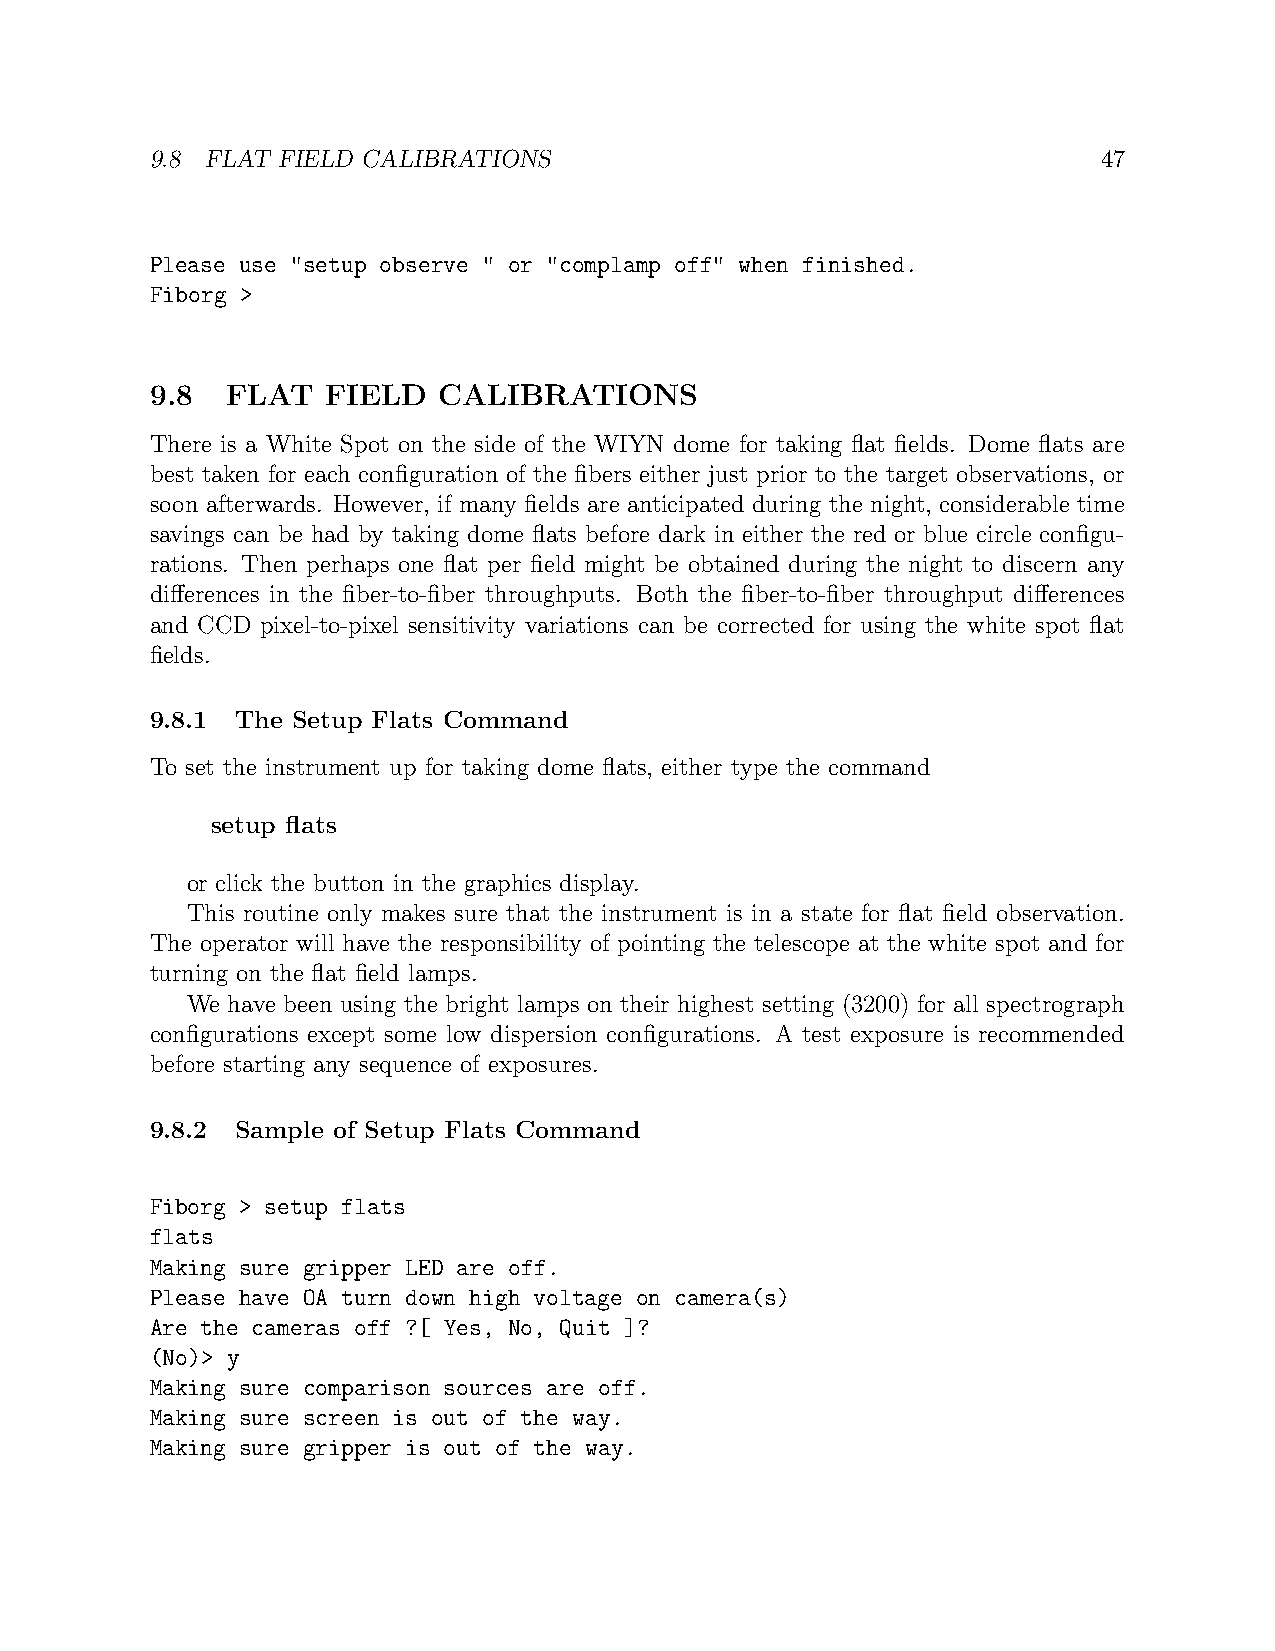
9.8 FLAT FIELD CALIBRATIONS                                    47
 Please use "setup observe " or "complamp off" when finished.
 Fiborg >
 9.8  FLAT   FIELD  CALIBRATIONS
 There is a White Spot on the side of the WIYN dome for taking flat fields. Dome flats are
 best taken for each configuration of the fibers either just prior to the target observations, or
 soon afterwards. However, if many fields are anticipated during the night, considerable time
 savings can be had by taking dome flats before dark in either the red or blue circle configu-
 rations. Then perhaps one flat per field might be obtained during the night to discern any
 differences in the fiber-to-fiber throughputs. Both the fiber-to-fiber throughput differences
 and CCD pixel-to-pixel sensitivity variations can be corrected for using the white spot flat
 fields.
 9.8.1 The Setup Flats Command
 To set the instrument up for taking dome flats, either type the command
 setup flats
 or click the button in the graphics display.
 This routine only makes sure that the instrument is in a state for flat field observation.
 The operator will have the responsibility of pointing the telescope at the white spot and for
 turning on the flat field lamps.
 We have been using the bright lamps on their highest setting (3200) for all spectrograph
 configurations except some low dispersion configurations. A test exposure is recommended
 before starting any sequence of exposures.
 9.8.2 Sample of Setup Flats Command
 Fiborg > setup flats
 flats
 Making sure gripper LED are off.
 Please have OA turn down high voltage on camera(s)
 Are the cameras off ?[ Yes, No, Quit ]?
 (No)> y
 Making sure comparison sources are off.
 Making sure screen is out of the way.
 Making sure gripper is out of the way.